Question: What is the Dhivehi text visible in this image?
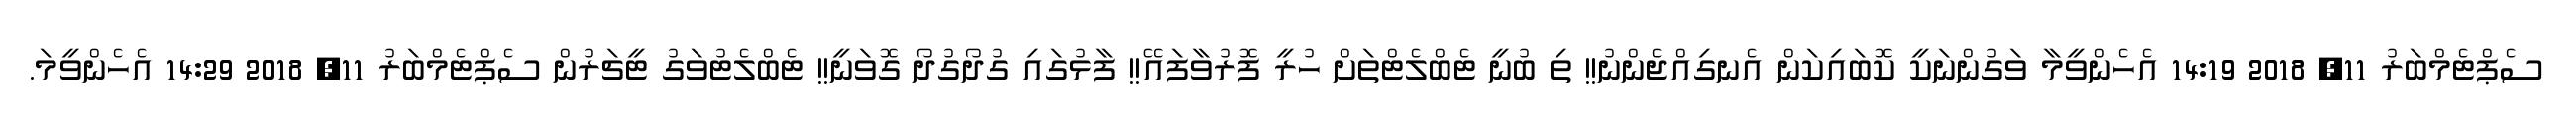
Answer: ސެޕްޓެމްބަރު 11, 2018 14:19 އެހެންވީމާ ވަގުންނަކީ ކޮބައިކަން އެނގިއްޖެންނު!! ތި ބުނީ ޓެބްލެޓްތަށް ހުރީ ފޮރުވާފައޭ!! ފާޅުގައި ގުދޯގުދޯ ގޮވަނީ!! ޓެބްލެޓުވަގު ޓީޗަރުން ސެޕްޓެމްބަރު 11, 2018 14:29 އެހެންވީމަ.